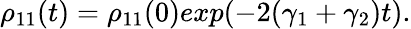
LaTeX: \rho_{11}(t)=\rho_{11}(0)exp(-2(\gamma_{1}+\gamma_{2})t).